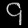
Digit: ၄